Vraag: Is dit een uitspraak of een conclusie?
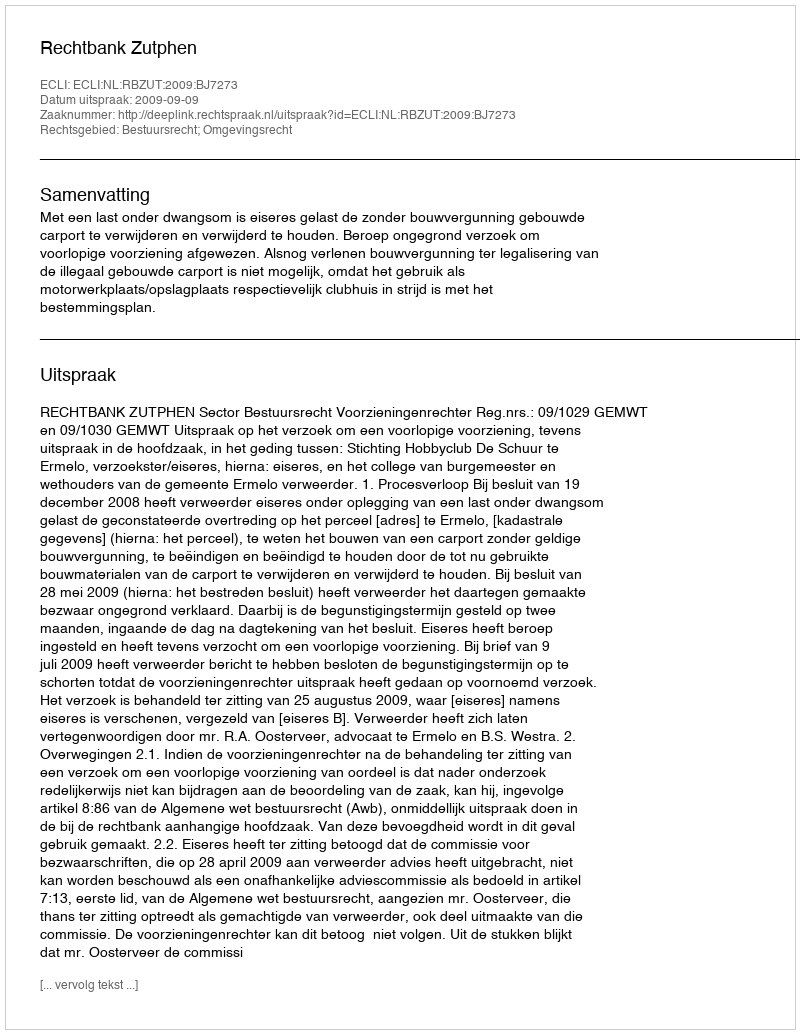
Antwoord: Uitspraak